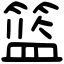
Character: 篮